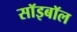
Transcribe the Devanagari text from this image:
सॉइबॉल